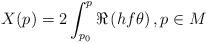
LaTeX: \begin{align*}X(p)= 2\int_{p_0}^p \Re\left( hf\theta \right),p\in M\end{align*}